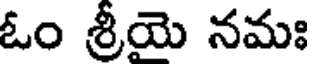
ఓం శ్రీయె నమః